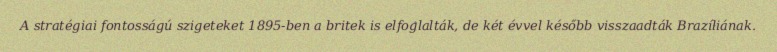
A stratégiai fontosságú szigeteket 1895-ben a britek is elfoglalták, de két évvel később visszaadták Brazíliának.